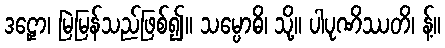
ဒဠှော၊ မြဲမြန်သည်ဖြစ်၍။ သမ္ပောဓိ၊ သို့။ ပါပုဏိဿတိ၊ န့်။